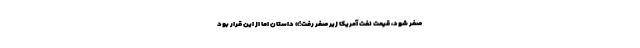
صفر شود، قیمت نفت آمریکا زیر صفر رفت!» داستان اما از این قرار بود